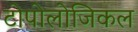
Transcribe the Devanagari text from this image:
टोपोलोजिकल